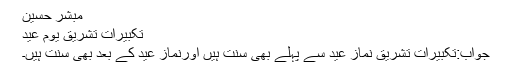
مبشر حسین
تکبیرات تشریق یوم عید
جواب:تکبیرات تشریق نماز عید سے پہلے بھی سنت ہیں اورنماز عید کے بعد بھی سنت ہیں۔